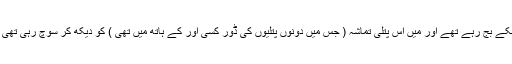
اس دن ہر طرف مودی نواز ملاقات کے ڈنکے بج رہے تھے اور میں اس پتلی تماشہ ( جس میں دونوں پتلیوں کی ڈور کسی اور کے ہاتھ میں تھی ) کو دیکھ کر سوچ رہی تھی کہ اب دیکھو انڈیا میں دھماکہ کہاں ہو گا ۔